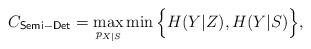
LaTeX: \begin{align*} C_\mathsf{Semi-Det}=\max_{p_{X|S}}\min\Big\{H(Y|Z),H(Y|S)\Big\},\end{align*}